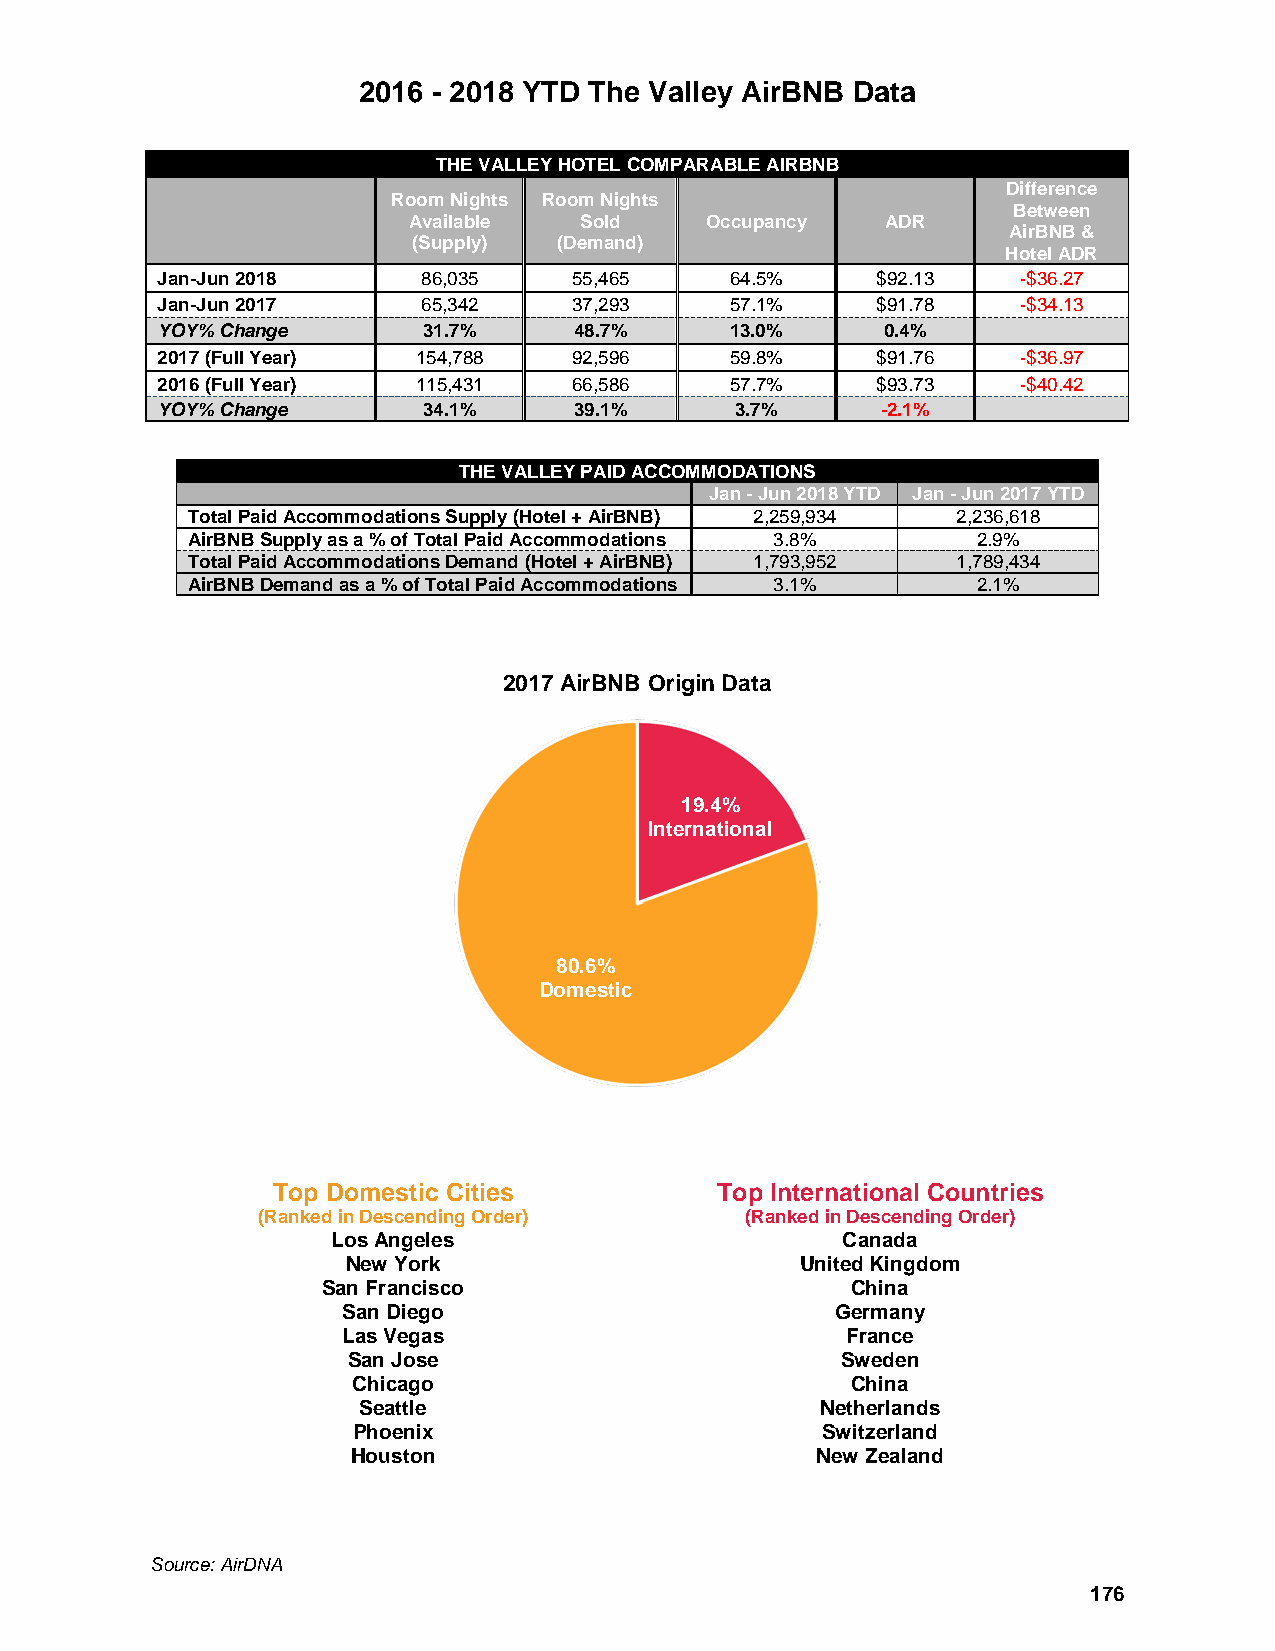
2016 - 2018 YTD The Valley AirBNB Data
 THE VALLEY HOTEL COMPARABLE AIRBNB
 Difference
 Room Nights Room Nights
 Between
 Available  Sold     Occupancy   ADR
 AirBNB &
 (Supply)  (Demand)
 Hotel ADR
 Jan-Jun 2018      86,035    55,465    64.5%     $92.13    -$36.27
 Jan-Jun 2017      65,342    37,293    57.1%     $91.78    -$34.13
 YOY% Change       31.7%     48.7%     13.0%      0.4%
 2017 (Full Year)  154,788   92,596    59.8%     $91.76    -$36.97
 2016 (Full Year)  115,431   66,586    57.7%     $93.73    -$40.42
 YOY% Change       34.1%     39.1%      3.7%     -2.1%
 THE VALLEY PAID ACCOMMODATIONS
 Jan - Jun 2018 YTD Jan - Jun 2017 YTD
 Total Paid Accommodations Supply (Hotel + AirBNB) 2,259,934 2,236,618
 AirBNB Supply as a % of Total Paid Accommodations 3.8% 2.9%
 Total Paid Accommodations Demand (Hotel + AirBNB) 1,793,952 1,789,434
 AirBNB Demand as a % of Total Paid Accommodations 3.1% 2.1%
 2017 AirBNB Origin Data
 19.4%
 International
 80.6%
 Domestic
 Top Domestic Cities          Top International Countries
 (Ranked in Descending Order)    (Ranked in Descending Order)
 Los Angeles                       Canada
 New York                      United Kingdom
 San Francisco                      China
 San Diego                       Germany
 Las Vegas                        France
 San Jose                         Sweden
 Chicago                          China
 Seattle                       Netherlands
 Phoenix                        Switzerland
 Houston                        New Zealand
 Source: AirDNA
 176